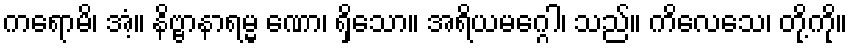
ကရောမိ၊ အံ့။ နိဗ္ဗာနာရမ္မ ဏော၊ ရှိသော။ အရိယမဂ္ဂေါ၊ သည်။ ကိလေသေ၊ တို့ကို။